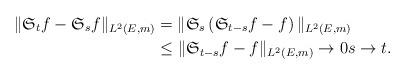
LaTeX: \begin{align*}\|\mathfrak{S}_{t}f-\mathfrak{S}_{s}f\|_{L^{2}(E,m)}&=\|\mathfrak{S}_{s}\left(\mathfrak{S}_{t-s}f-f\right)\|_{L^{2}(E,m)}\\&\le\|\mathfrak{S}_{t-s}f-f\|_{L^{2}(E,m)}\to 0s\to t.\end{align*}